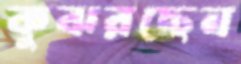
কুঝরছেন